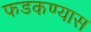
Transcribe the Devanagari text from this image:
फडकण्यास